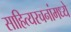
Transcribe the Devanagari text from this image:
साहित्यरचनांमध्ये